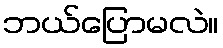
ဘယ်ပြောမလဲ။